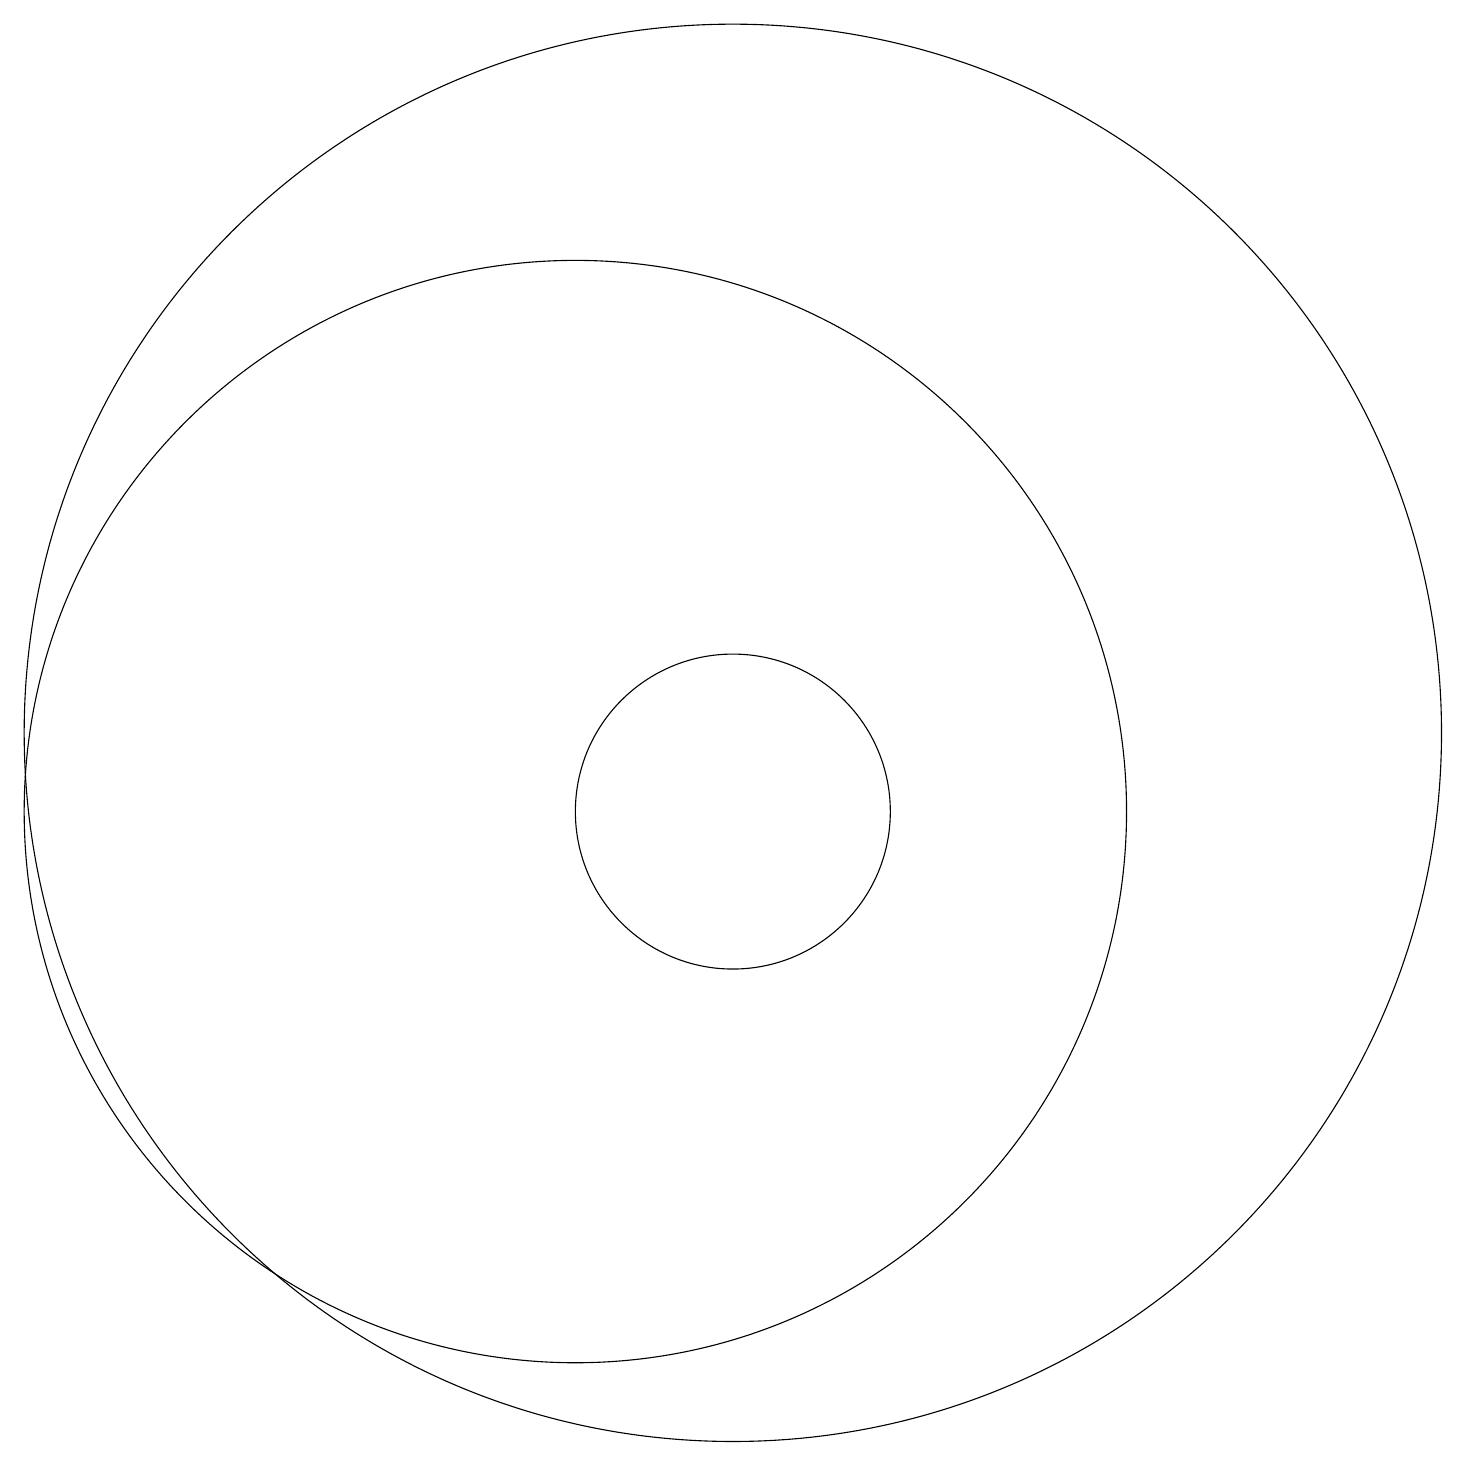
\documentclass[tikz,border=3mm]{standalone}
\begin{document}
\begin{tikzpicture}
\draw (12,11) circle (9);
\draw (10,10) circle (7);
\draw (12,10) circle (2);
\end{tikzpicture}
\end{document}